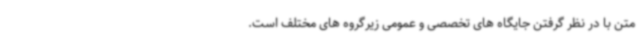
متن با در نظر گرفتن جایگاه های تخصصی و عمومی زیرگروه های مختلف است.